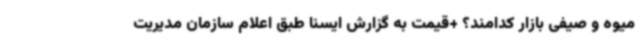
میوه و صیفی بازار کدامند؟ +قیمت به گزارش ایسنا طبق اعلام سازمان مدیریت